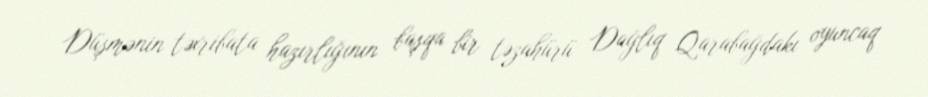
Düşmənin təxribata hazırlığının başqa bir təzahürü Dağlıq Qarabağdakı oyuncaq